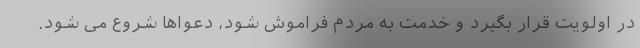
در اولویت قرار بگیرد و خدمت به مردم فراموش شود، دعواها شروع می شود.